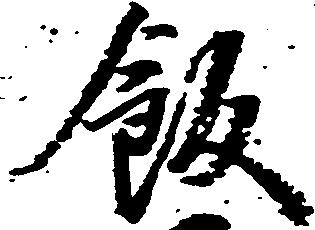
飯